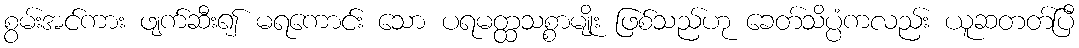
စွမ်းအင်ကား ဖျက်ဆီး၍ မရကောင်း သော ပရမတ္ထသစ္စာမျိုး ဖြစ်သည်ဟု ခေတ်သိပ္ပံကလည်း ယူဆတတ်ပြီ